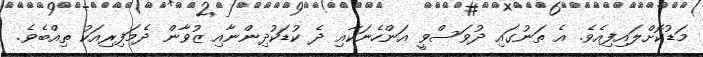
މަޑުކޮށްލައިފިއެވެ. އެ ތަނުގައި ދުވަސްވީ އަންހެނަކާއި ދެ ކުޑަކުދިންނާއި ޒުވާން ދެމަފިރިއަކު ތިއްބެވެ.